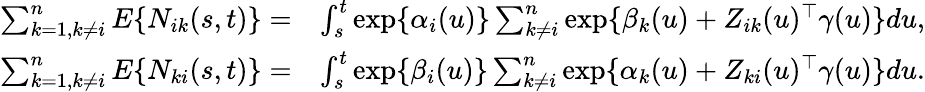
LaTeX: \begin{array}{rl}{\sum_{k=1,k\neq i}^{n}E\{ N_{ik}(s,t)\} =}&{\int_{s}^{t}\exp\{ \alpha_{i}(u)\} \sum_{k\neq i}^{n}\exp\{ \beta_{k}(u)+Z_{ik}(u)^{\top}\gamma(u)\} du,}\\ {\sum_{k=1,k\neq i}^{n}E\{ N_{ki}(s,t)\} =}&{\int_{s}^{t}\exp\{ \beta_{i}(u)\} \sum_{k\neq i}^{n}\exp\{ \alpha_{k}(u)+Z_{ki}(u)^{\top}\gamma(u)\} du.}\end{array}